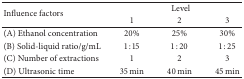
<table><thead><tr><td rowspan="2"><b>Influence factors</b></td><td colspan="3"><b>Level </b></td></tr><tr><td><b>1</b></td><td><b>2</b></td><td><b>3</b></td></tr></thead><tbody><tr><td>(A) Ethanol concentration</td><td>20%</td><td>25%</td><td>30%</td></tr><tr><td>(B) Solid-liquid ratio/g/mL</td><td>1 : 15</td><td>1 : 20</td><td>1 : 25</td></tr><tr><td>(C) Number of extractions</td><td>1</td><td>2</td><td>3</td></tr><tr><td>(D) Ultrasonic time</td><td>35 min</td><td>40 min</td><td>45 min</td></tr></tbody></table>